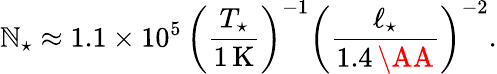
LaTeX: \mathbb{N}_{\star}\approx1.1\times10^{5}\, \left(\frac{{T_{\star}}}{{1\, \mathrm{{K}}}}\right)^{-1}\left(\frac{{\ell_{\star}}}{{1.4\, \AA}}\right)^{-2}.